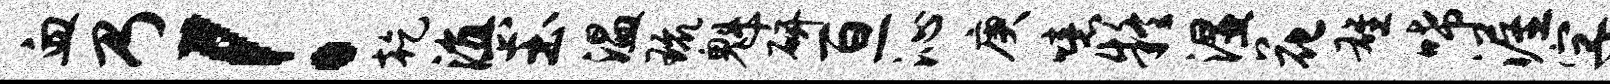
血乃！乾滇玉温琉魁研亘沁庚噫疑湿花雄唏渥字